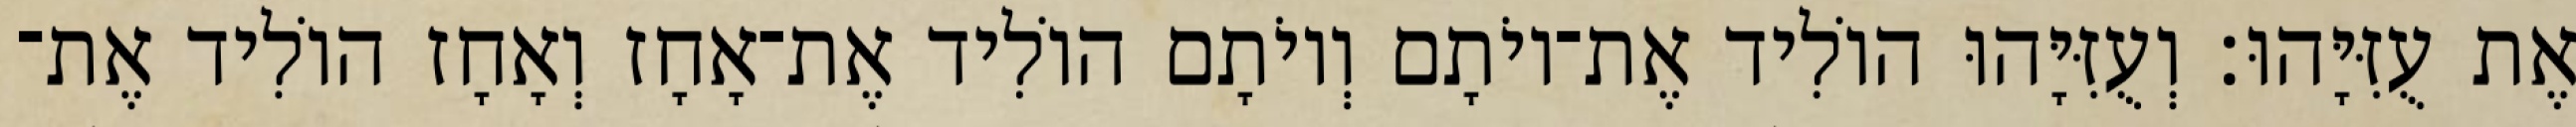
אֶת עֻזִּיָּהוּ׃ וְעֻזִּיָּהוּ הוֹלִיד אֶת־יוֹתָם וְיוֹתָם הוֹלִיד אֶת־אָחָז וְאָחָז הוֹלִיד אֶת־